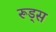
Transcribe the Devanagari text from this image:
रूड्स